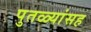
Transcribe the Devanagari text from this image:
पुतळ्यांसह